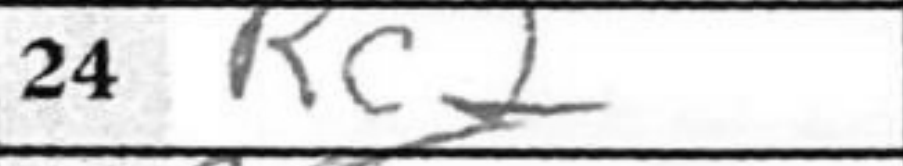
Transcription: Rc2